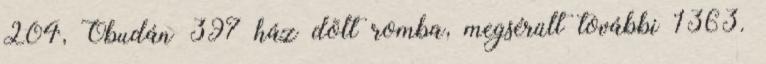
204, Óbudán 397 ház dõlt romba, megsérült további 1363.